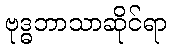
ဗုဒ္ဓဘာသာဆိုင်ရာ